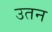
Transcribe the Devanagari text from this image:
उतन